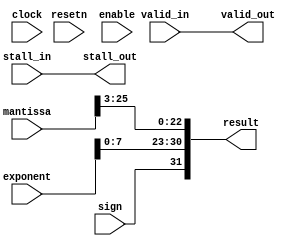
module acl_fp_convert_to_ieee(clock, resetn, mantissa, exponent, sign, result, valid_in, valid_out, stall_in, stall_out, enable);
  input clock, resetn;
  input [26:0] mantissa;
  input [8:0] exponent;
  input sign;
  output [31:0] result;
  input valid_in, stall_in, enable;
  output valid_out, stall_out;
  
  parameter FINITE_MATH_ONLY = 1;
  
  assign valid_out = valid_in;
  assign stall_out = stall_in;
  
  generate
    if (FINITE_MATH_ONLY == 0)
      assign result = {sign, {8{exponent[8]}} | exponent[7:0], mantissa[25:3]};
    else
      assign result = {sign, exponent[7:0], mantissa[25:3]};
  endgenerate
endmodule